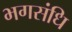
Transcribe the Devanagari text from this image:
भगसंधि